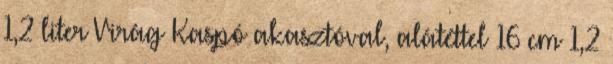
1,2 liter Virág Kaspó akasztóval, alátéttel 16 cm 1,2